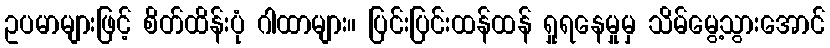
ဥပမာများဖြင့် စိတ်ထိန်းပုံ ဂါထာများ။ ပြင်းပြင်းထန်ထန် ရှုရနေမှုမှ သိမ်မွေ့သွားအောင်